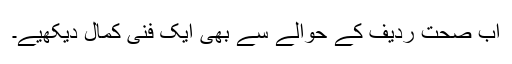
اب صحتِ ردیف کے حوالے سے بھی ایک فنی کمال دیکھیے۔